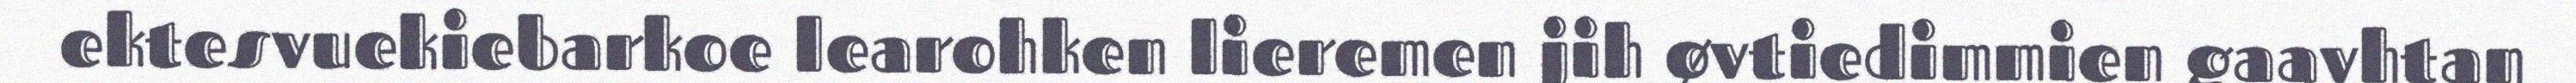
ektesvuekiebarkoe learohken lieremen jih øvtiedimmien gaavhtan